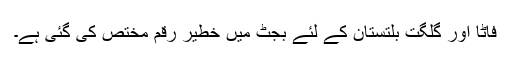
فاٹا اور گلگت بلتستان کے لئے بجٹ میں خطیر رقم مختص کی گئی ہے۔